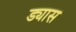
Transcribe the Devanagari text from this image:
ड्यास